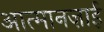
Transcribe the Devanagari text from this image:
आत्मानज़ाई